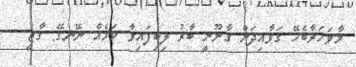
މާވަހަރާބެހޭ ގަވާއިދަށް ގާނޫނީ ބާރު ލިބިފައިވާ ކަމެއް ނޭނގޭ: ގާޒީ